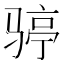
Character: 𩨆